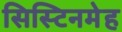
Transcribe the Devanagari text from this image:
सिस्टिनमेह